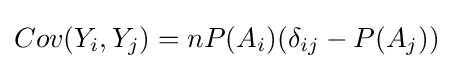
Cov(Y_{i},Y_{j})=nP(A_{i})(\delta _{ij}-P(A_{j}))